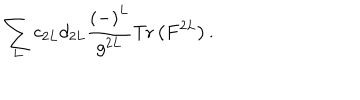
LaTeX: \sum _ { L } c _ { 2 L } d _ { 2 L } \frac { \left( - \right) ^ { L } } { g ^ { 2 L } } \mathrm { T r } \left( F ^ { 2 L } \right) .